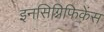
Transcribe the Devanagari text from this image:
इनसिग्निफिकेंस